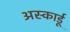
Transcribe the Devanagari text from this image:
अस्कार्डू